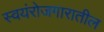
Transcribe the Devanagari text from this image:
स्वयंरोजगारातील